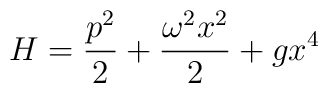
H=\frac{p^2}{2}+\frac{\omega^2 x^2}{2}+gx^4